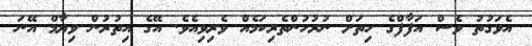
އެވަގުތު ވެސް އަފާފްގެ ހިތަށް ނުރުހުންތެރިކަމެއް ވެރިވިއެވެ. އޭގެ އިތުރުން ވިޔާމް އޭނަ